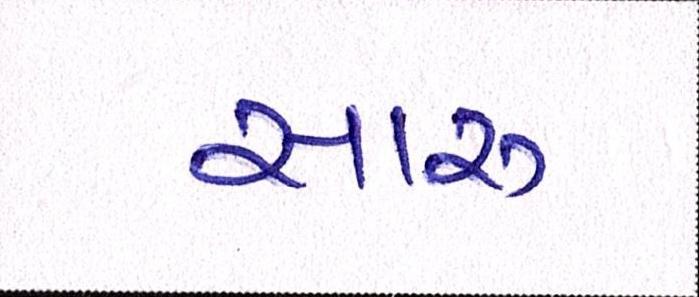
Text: સારુ